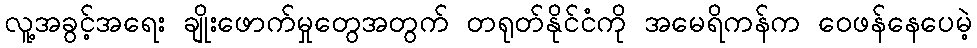
လူ့အခွင့်အရေး ချိုးဖောက်မှုတွေအတွက် တရုတ်နိုင်ငံကို အမေရိကန်က ဝေဖန်နေပေမဲ့